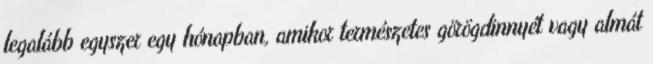
legalább egyszer egy hónapban, amikor természetes görögdinnyét vagy almát